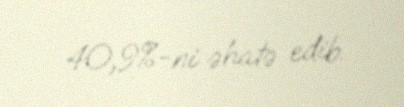
40,9%-ni əhatə edib.